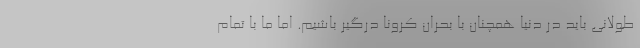
طولانی باید در دنیا همچنان با بحران کرونا درگیر باشیم. اما ما با تمام